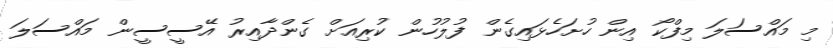
މި މައްސަލަ މިފްކޯ އިން ހުށަހެޅައިގެން ފުލުހުން ކުރިއަށް ގެންދާއިރު އޭސީސީން މައްސަލަ